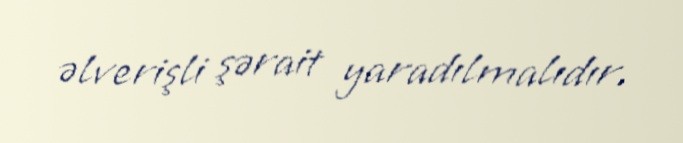
əlverişli şərait yaradılmalıdır.